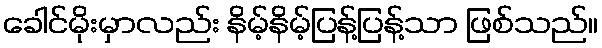
ခေါင်မိုးမှာလည်း နိမ့်နိမ့်ပြန့်ပြန့်သာ ဖြစ်သည်။